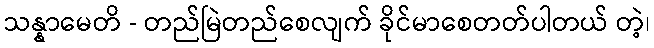
သန္နာမေတိ - တည်မြဲတည်စေလျက် ခိုင်မာစေတတ်ပါတယ် တဲ့၊